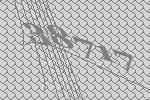
38717